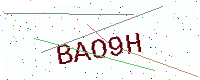
Text: BAO9H